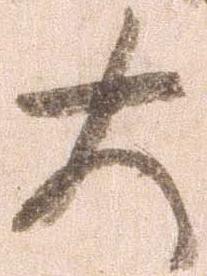
大